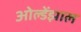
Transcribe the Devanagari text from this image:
ओल्डेंझाल